Report on lock hospitals in British Burma
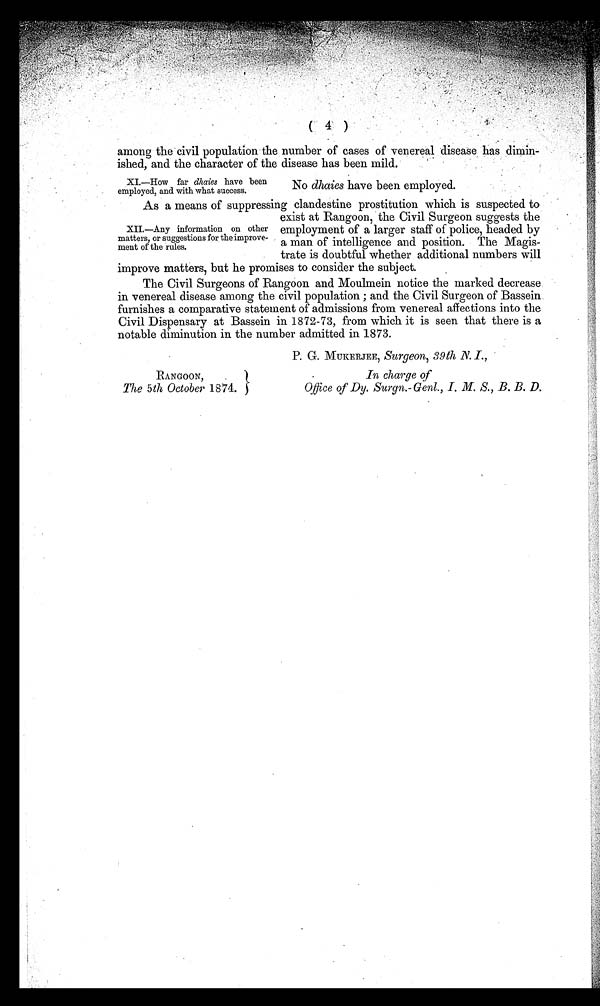
among the civil population the number of cases of venereal disease has dimin
ished, and the character of the disease has been mild.
XI.—How far dhaies have been
employed, and with what success.
No dhaies have been employed.
As a means of suppressing clandestine prostitution which is suspected to
exist at Rangoon, the Civil Surgeon suggests the
employment of a larger staff of police, headed by
a man of intelligence and position. The Magis
trate is doubtful whether additional numbers will
improve matters, but he promises to consider the subject.
The Civil Surgeons of Rangoon and Moulmein notice the marked decrease
in venereal disease among the civil population ; and the Civil Surgeon of Bassein
furnishes a comparative statement of admissions from venereal affections into the
Civil Dispensary at Bassein in 1872-73, from which it is seen that there is a
notable diminution in the number admitted in 1873.
XII.—Any information on other
matters, or suggestions for the improve-
ment of the rules.
RANGOON,
The 5th October 1874.
P. G. MUKERJEE, Surgeon, 39th N. I.,
In charge of
Office of Dy. Surgn.-Genl., I, M. S., B. B. D .